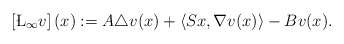
\begin{align*} \left[\L_{\infty}v\right](x):=A\triangle v(x)+\left\langle Sx,\nabla v(x)\right\rangle-Bv(x).\end{align*}